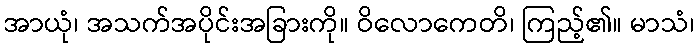
အာယုံ၊ အသက်အပိုင်းအခြားကို။ ဝိလောကေတိ၊ ကြည့်၏။ မာသံ၊